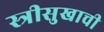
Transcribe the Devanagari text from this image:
स्त्रीसुखाची